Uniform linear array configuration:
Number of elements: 4
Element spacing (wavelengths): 0.75
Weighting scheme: kaiser
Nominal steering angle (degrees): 60
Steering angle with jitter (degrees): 59.036
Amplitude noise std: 0.05
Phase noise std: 0.05

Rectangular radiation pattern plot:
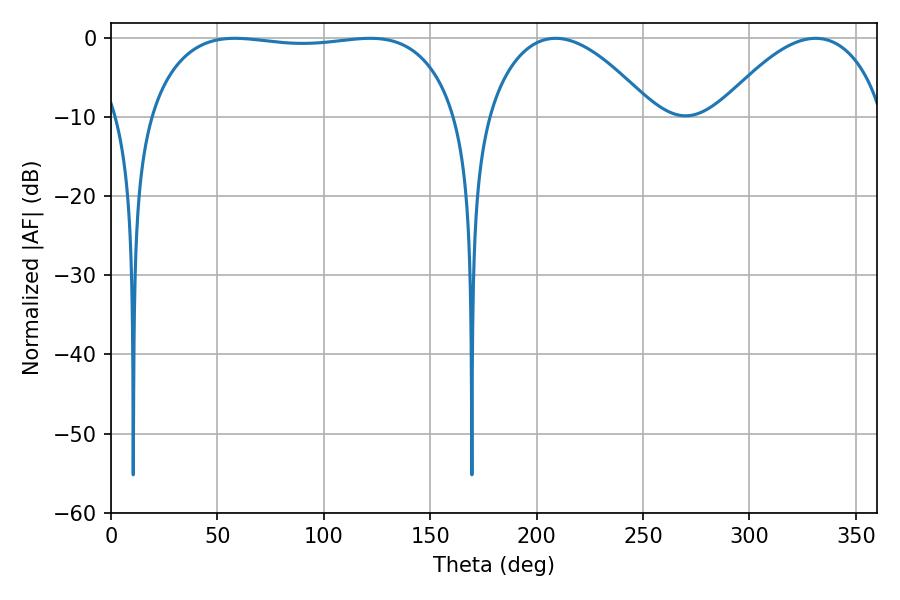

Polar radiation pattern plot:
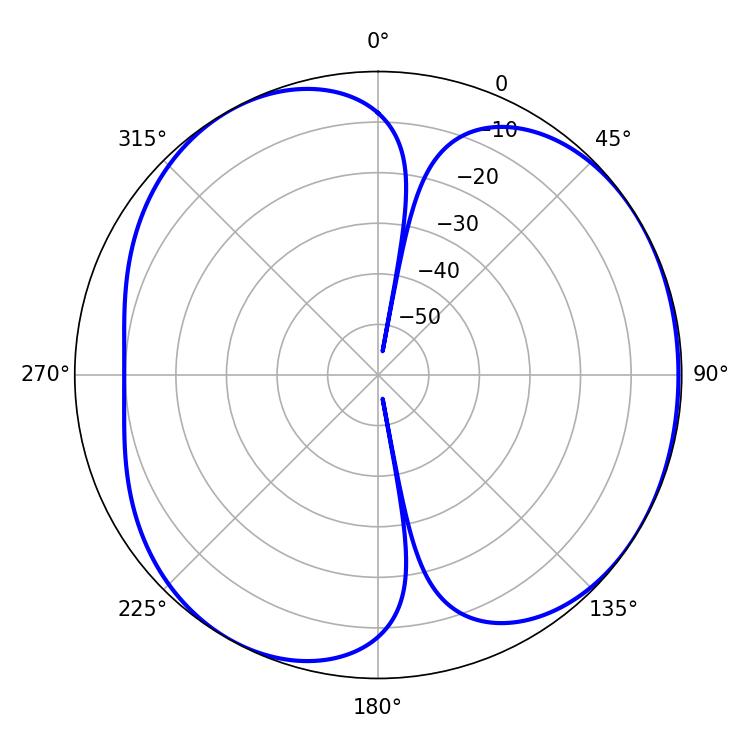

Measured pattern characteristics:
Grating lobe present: TRUE
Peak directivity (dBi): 4.604
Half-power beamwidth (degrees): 115.2
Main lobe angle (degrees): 58.14